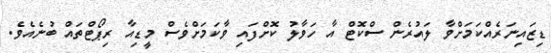
ޑިޒައިނަރެއްކަމަށްވާ ލައުރެން ސްކޮޓް އާ ހަވާލު ކޮށްފައި ވާކަމަށްވެސް މީޑިއާ ރިޕޯޓްތައް ބުނެއެވެ.